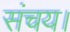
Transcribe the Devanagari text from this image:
संचय।